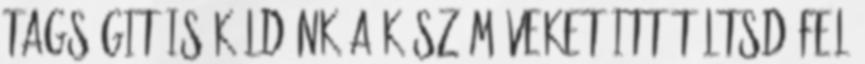
tagságit is küldünk A kész műveket itt töltsd fel